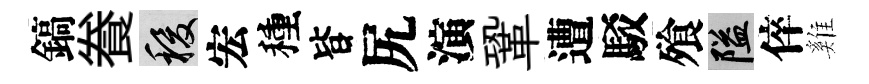
鎬飬稷宏種𣅜尻演鞏遭駁飱隘倅雞